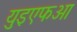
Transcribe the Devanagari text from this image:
युइएफआ